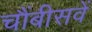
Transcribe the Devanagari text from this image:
चौंबीसवें